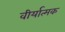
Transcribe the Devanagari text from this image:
वीर्यात्मक